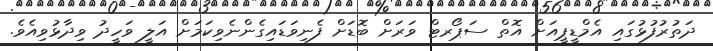
ދަތުރުފުޅުގައި އެމްޑީޕީއަށް އޮތް ސަޕޯރޓް ވަރަށް ބޮޑަށް ފެނިވަޑައިގެންނެވިކަމަށް އަލީ ވަހީދު ވިދާޅުވިއެވެ.